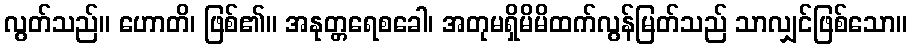
လွတ်သည်။ ဟောတိ၊ ဖြစ်၏။ အနုတ္တရေစခေါ၊ အတုမရှိမိမိထက်လွန်မြတ်သည် သာလျှင်ဖြစ်သော။